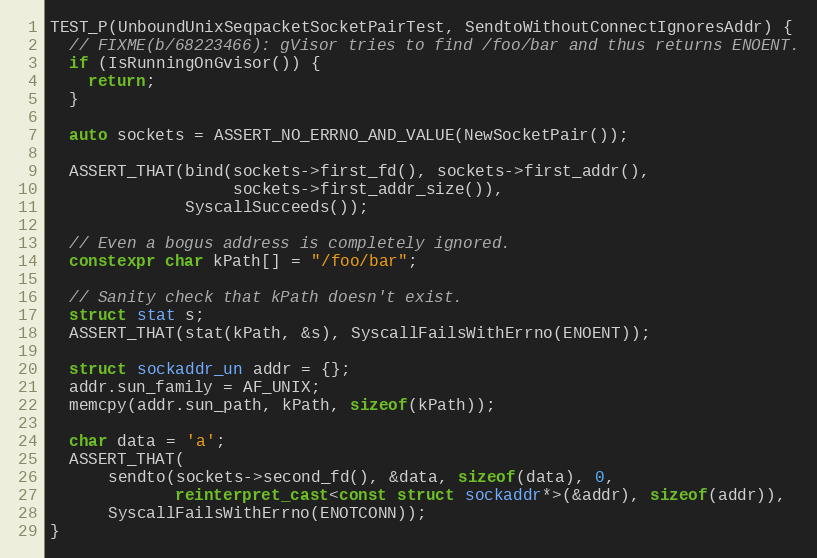
Language: C++
TEST_P(UnboundUnixSeqpacketSocketPairTest, SendtoWithoutConnectIgnoresAddr) {
  // FIXME(b/68223466): gVisor tries to find /foo/bar and thus returns ENOENT.
  if (IsRunningOnGvisor()) {
    return;
  }

  auto sockets = ASSERT_NO_ERRNO_AND_VALUE(NewSocketPair());

  ASSERT_THAT(bind(sockets->first_fd(), sockets->first_addr(),
                   sockets->first_addr_size()),
              SyscallSucceeds());

  // Even a bogus address is completely ignored.
  constexpr char kPath[] = "/foo/bar";

  // Sanity check that kPath doesn't exist.
  struct stat s;
  ASSERT_THAT(stat(kPath, &s), SyscallFailsWithErrno(ENOENT));

  struct sockaddr_un addr = {};
  addr.sun_family = AF_UNIX;
  memcpy(addr.sun_path, kPath, sizeof(kPath));

  char data = 'a';
  ASSERT_THAT(
      sendto(sockets->second_fd(), &data, sizeof(data), 0,
             reinterpret_cast<const struct sockaddr*>(&addr), sizeof(addr)),
      SyscallFailsWithErrno(ENOTCONN));
}